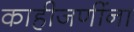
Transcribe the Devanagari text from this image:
काहीजणींना